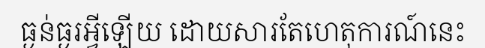
ធ្ងន់ធ្ងរអ្វីឡើយ ដោយសារតែហេតុការណ៍នេះ